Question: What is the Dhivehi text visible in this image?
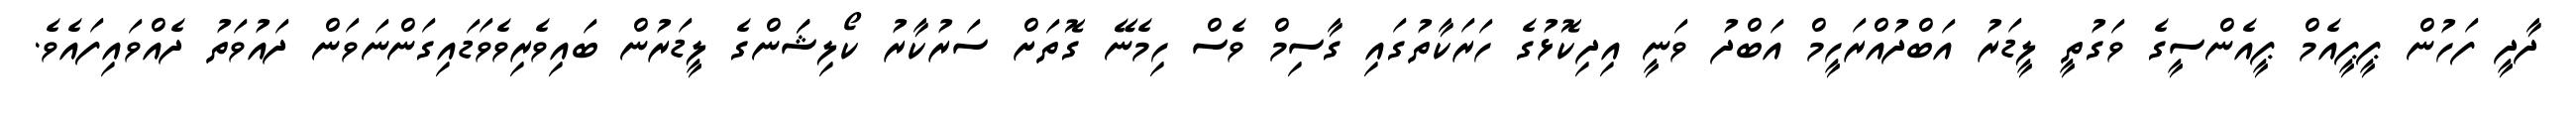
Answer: ދާދީ ފަހުން ޕީޕީއެމް ޕީއެންސީގެ ވަގުތީ ލީޑަރު އަބްދުއްރަހީމް އަބްދު ވަނީ އިދިކޮޅުގެ ހަރަކާތުގައި ގާސިމް ވެސް ހިމެނޭ ގޮތަށް ސަރުކާރު ކޯލިޝަަންގެ ލީޑަރުން ބައިވެރިވެވަޑައިގަންނަވަން ދައުވަތު ދެއްވައިފައެވެ.